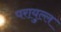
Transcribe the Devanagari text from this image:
परायुल्ल